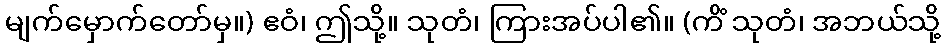
မျက်မှောက်တော်မှ။) ဧဝံ၊ ဤသို့။ သုတံ၊ ကြားအပ်ပါ၏။ (ကိံ သုတံ၊ အဘယ်သို့